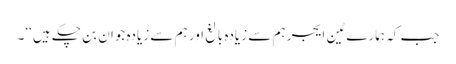
جب کہ ہمارے ٹین ایجر ہم سے زیادہ بالغ اور ہم سے زیادہ جوان بن چکے ہیں ‘‘۔